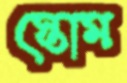
স্তোম